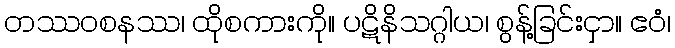
တဿဝစနဿ၊ ထိုစကားကို။ ပဋိနိသဂ္ဂါယ၊ စွန့်ခြင်းငှာ။ ဧဝံ၊